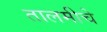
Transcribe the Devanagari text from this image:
तालमीचे